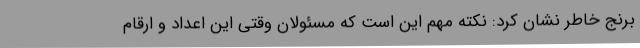
برنج خاطر نشان کرد: نکته مهم این است که مسئولان وقتی این اعداد و ارقام